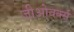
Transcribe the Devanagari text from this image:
जीओवर्क्स